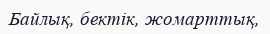
Байлық, бектік, жомарттық,